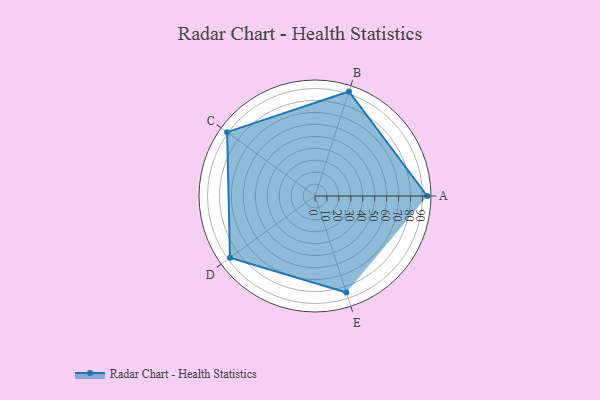
{"axis": {"x": "Skill", "y": "Score"}, "legend": ["Profile"], "data": [{"x": "A", "y": 94.0, "type": "Profile"}, {"x": "B", "y": 92.0, "type": "Profile"}, {"x": "C", "y": 91.0, "type": "Profile"}, {"x": "D", "y": 88.0, "type": "Profile"}, {"x": "E", "y": 85.0, "type": "Profile"}]}